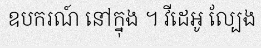
ឧបករណ៍ នៅក្នុង ។ វីដេអូ ល្បែង